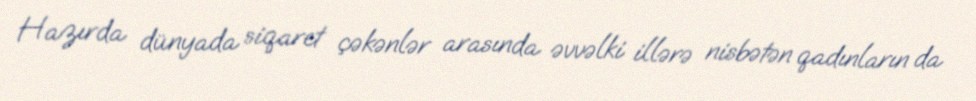
Hazırda dünyada siqaret çəkənlər arasında əvvəlki illərə nisbətən qadınların da